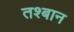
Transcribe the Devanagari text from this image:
तश्बान